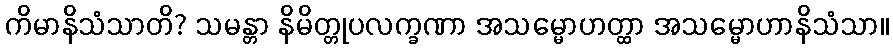
ကိမာနိသံသာတိ? သမန္တာ နိမိတ္တုပလက္ခဏာ အသမ္မောဟတ္ထာ အသမ္မောဟာနိသံသာ။